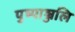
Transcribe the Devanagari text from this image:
पुष्पाञ्जलि